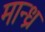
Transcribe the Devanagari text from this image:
मान्ध्र